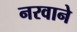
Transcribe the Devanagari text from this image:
नरवाने